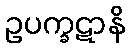
ဥပက္ခဋာနိ